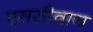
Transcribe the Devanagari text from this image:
एससीवाय